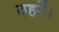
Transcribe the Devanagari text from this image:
ठहरें।